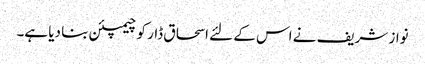
نواز شریف نے اس کے لئے اسحاق ڈار کو چیمپئن بنا دیا ہے۔